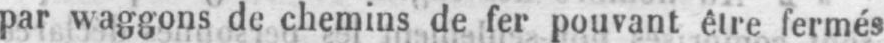
par waggons de chemins de fer pouvant être fermés